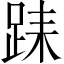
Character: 𨀤